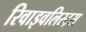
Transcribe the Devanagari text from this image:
रिवाइवलिस्ट्स